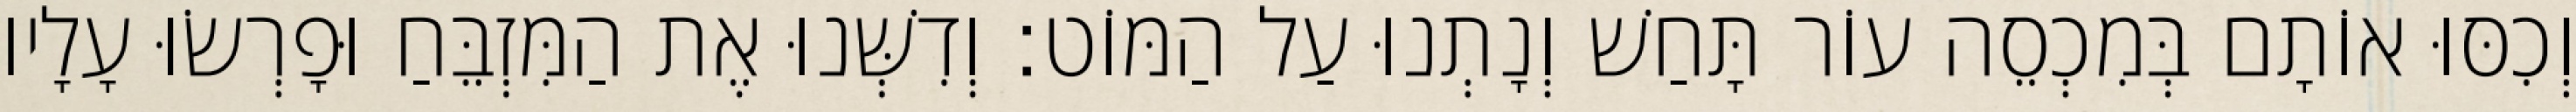
וְכִסּוּ אוֹתָם בְּמִכְסֵה עוֹר תָּחַשׁ וְנָתְנוּ עַל הַמּוֹט׃ וְדִשְּׁנוּ אֶת הַמִּזְבֵּחַ וּפָרְשׂוּ עָלָיו